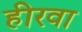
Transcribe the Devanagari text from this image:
हीरवा